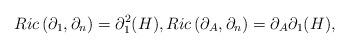
LaTeX: \begin{align*}Ric\left(\partial_1, \partial_n\right)=\partial_1^2(H),Ric\left(\partial_A, \partial_n\right)=\partial_A\partial_1(H),\end{align*}